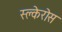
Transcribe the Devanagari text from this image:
स्क्लेरोस